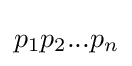
p_{1}p_{2}...p_{n}